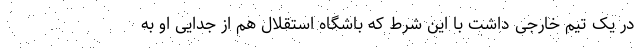
در یک تیم خارجی داشت با این شرط که باشگاه استقلال هم از جدایی او به